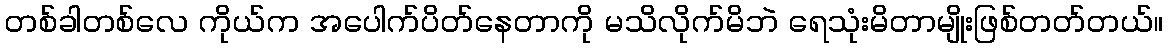
တစ်ခါတစ်လေ ကိုယ်က အပေါက်ပိတ်နေတာကို မသိလိုက်မိဘဲ ရေသုံးမိတာမျိုးဖြစ်တတ်တယ်။